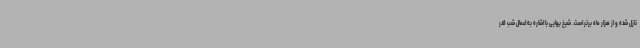
نازل شده و از هزار ماه برتر است. شیخ بهایی با اشاره به اعمال شب قدر